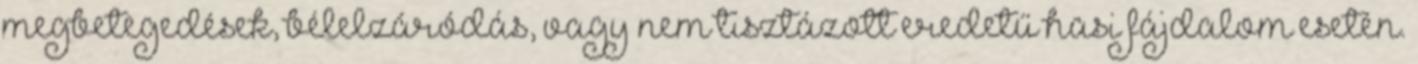
megbetegedések, bélelzáródás, vagy nem tisztázott eredetű hasi fájdalom esetén.